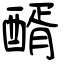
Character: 醑